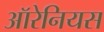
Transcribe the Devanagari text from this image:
ऑरेनियस